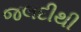
જલદીથી